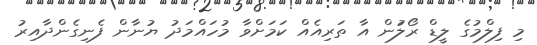
މި ފިލްމުގެ ލީޑް ރޯލަުން އާ ތަރިއެއް ކަމަށްވާ މުހައްމަދު ޔުނާން ފެނިގެންދާއިރު